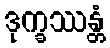
ဒုက္ခဿန္တံ